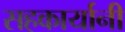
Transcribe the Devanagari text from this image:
सहकार्यानी